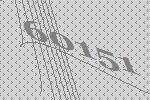
60151